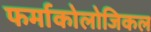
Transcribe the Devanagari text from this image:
फर्माकोलोजिकल